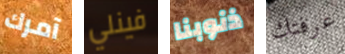
آمرك فينلي ذنوبنا عرفتك